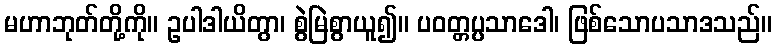
မဟာဘုတ်တို့ကို။ ဥပါဒါယိတွာ၊ စွဲမြဲစွာယူ၍။ ပဝတ္တပ္ပသာဒေါ၊ ဖြစ်သောပသာဒသည်။